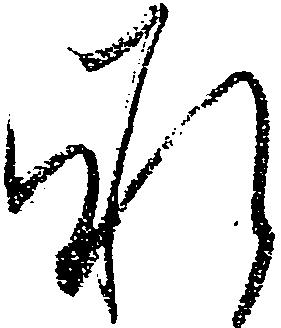
承